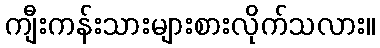
ကျီးကန်းသားများစားလိုက်သလား။